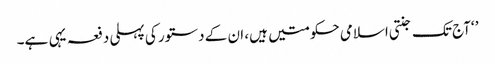
’ ‘آج تک جنتی اسلامی حکومتیں ہیں، ان کے دستور کی پہلی دفعہ یہی ہے۔